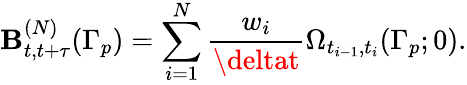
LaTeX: \mathbf{B}_{t,t+\tau}^{(N)}(\Gamma_{p})=\sum_{i=1}^{N}\frac{{w_{i}}}{{\deltat}}\Omega_{t_{i-1},t_{i}}(\Gamma_{p};0).